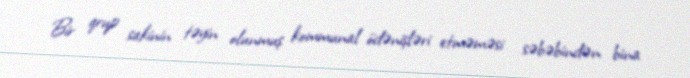
Bir qrup sakinin təyin olunmuş kommunal ödənişləri etməməsi səbəbindən bina